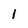
Character: l